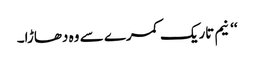
‘‘ نیم تاریک کمرے سے وہ دھاڑا۔